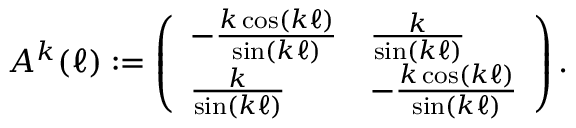
A ^ { k } ( \ell ) : = \left( \begin{array} { l l } { - \frac { k \cos ( k \ell ) } { \sin ( k \ell ) } } & { \frac { k } { \sin ( k \ell ) } } \\ { \frac { k } { \sin ( k \ell ) } } & { - \frac { k \cos ( k \ell ) } { \sin ( k \ell ) } } \end{array} \right) .